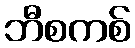
ဘီစကစ်